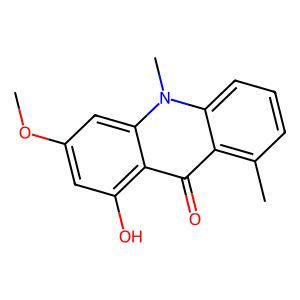
SMILES: COc1cc(O)c2c(=O)c3c(C)cccc3n(C)c2c1
Inhibits HIV replication: No